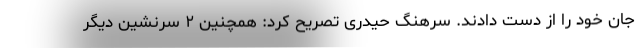
جان خود را از دست دادند. سرهنگ حیدری تصریح کرد: همچنین ۲ سرنشین دیگر